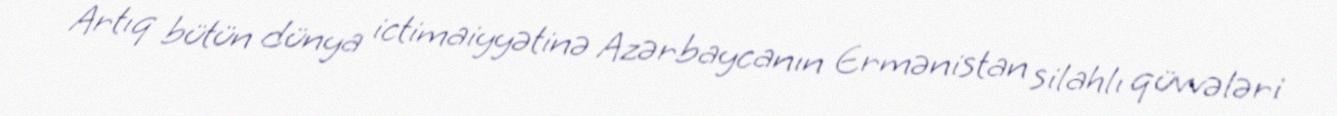
Artıq bütün dünya ictimaiyyətinə Azərbaycanın Ermənistan silahlı qüvvələri